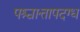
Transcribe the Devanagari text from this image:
पश्चात्तापदग्ध